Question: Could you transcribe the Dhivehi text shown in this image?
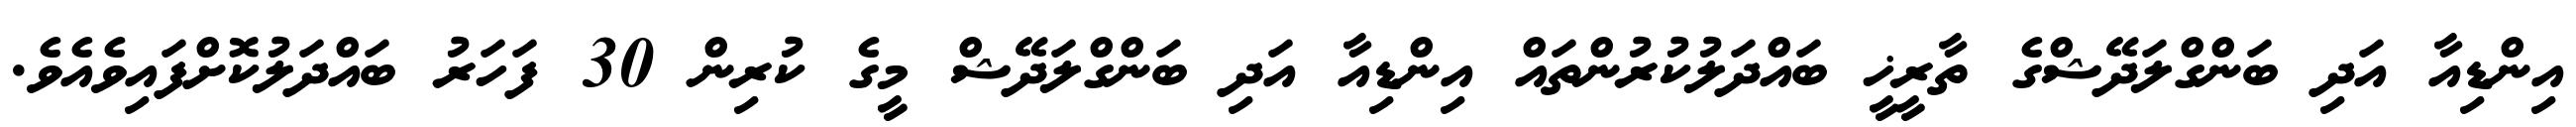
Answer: އިންޑިއާ އަދި ބަންގްލަދޭޝްގެ ތާރީޚީ ބައްދަލުކުރުންތައް އިންޑިއާ އަދި ބަންގްލަދޭޝް މީގެ ކުރިން 30 ފަހަރު ބައްދަލުކޮށްފައިވެއެވެ.